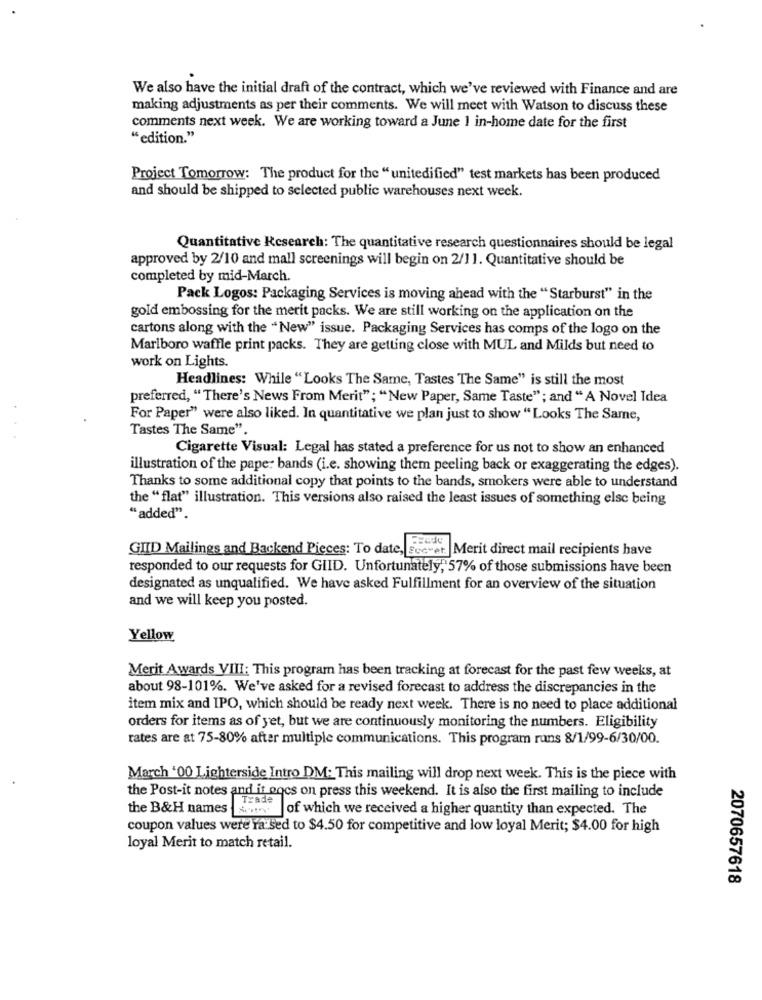
We also have the initial draft of the contract, which we've reviewed with Finance and are
making adjustments as per their comments. We will meet with Watson to discuss these
comments next week. We are working toward a June 1 in-home date for the first
"edition."
Project Tomorrow: The product for the "unitedified" test markets has been produced
and should be shipped to selected public warehouses next week.
Quantitative Research: The quantitative research questionnaires should be legal
approved by 2/10 and mall screenings will begin on 2/11. Quantitative should be
completed by mid-March.
Pack Logos: Packaging Services is moving ahead with the "Starburst" in the
gold embossing for the merit packs. We are still working on the application on the
cartons along with the "New" issue. Packaging Services has comps of the logo on the
Marlboro waffle print packs. They are getting close with MUL and Milds but need to
work on Lights.
Headlines: While "Looks The Same, Tastes The Same" is still the most
preferred, "There's News From Merit"; "New Paper, Same Taste"; and " A Novel Idea
For Paper" were also liked. In quantitative we plan just to show "Looks The Same,
Tastes The Same".
Cigarette Visual: Legal has stated a preference for us not to show an enhanced
illustration of the pape: bands (i.e. showing them peeling back or exaggerating the edges).
Thanks to some additional copy that points to the bands, smokers were able to understand
the "flat" illustration. This versions also raised the least issues of something else being
"added".
GIID Mailings and Backend Pieces: To date, secret. Merit direct mail recipients have
responded to our requests for GIID. Unfortunately, 57% of those submissions have been
designated as unqualified. We have asked Fulfillment for an overview of the situation
and we will keep you posted.
Yellow
Merit Awards VIII: This program has been tracking at forecast for the past few weeks, at
about 98-101%. We've asked for a revised forecast to address the discrepancies in the
item mix and IPO, which should be ready next week. There is no need to place additional
orders for items as of yet, but we are continuously monitoring the numbers. Eligibility
rates are at 75-80% after multiple communications. This program runs 8/1/99-6/30/00.
March '00 Lighterside Intro DM: This mailing will drop next week. This is the piece with
the Post-it notes and it goes on press this weekend. It is also the first mailing to include
Trade
the B&H names Sorry
of which we received a higher quantity than expected. The
coupon values were ra sed to $4.50 for competitive and low loyal Merit; $4.00 for high
loyal Merit to match retail.
2070657618